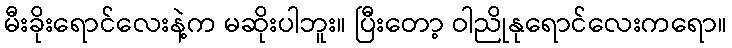
မီးခိုးရောင်လေးနဲ့က မဆိုးပါဘူး။ ပြီးတော့ ဝါညိုနုရောင်လေးကရော။